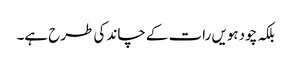
بلکہ چودہویں رات کے چاند کی طرح ہے۔